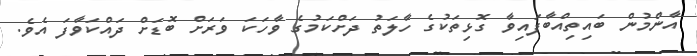
އާންމުން ބައިތިއްބާފައިވާ ގޮޅިތަކުގެ ހާލަތު ދަށްކަމުގެ ވާހަކަ ވަރަށް ބޮޑަށް ދައްކަވާފަ އެވެ.